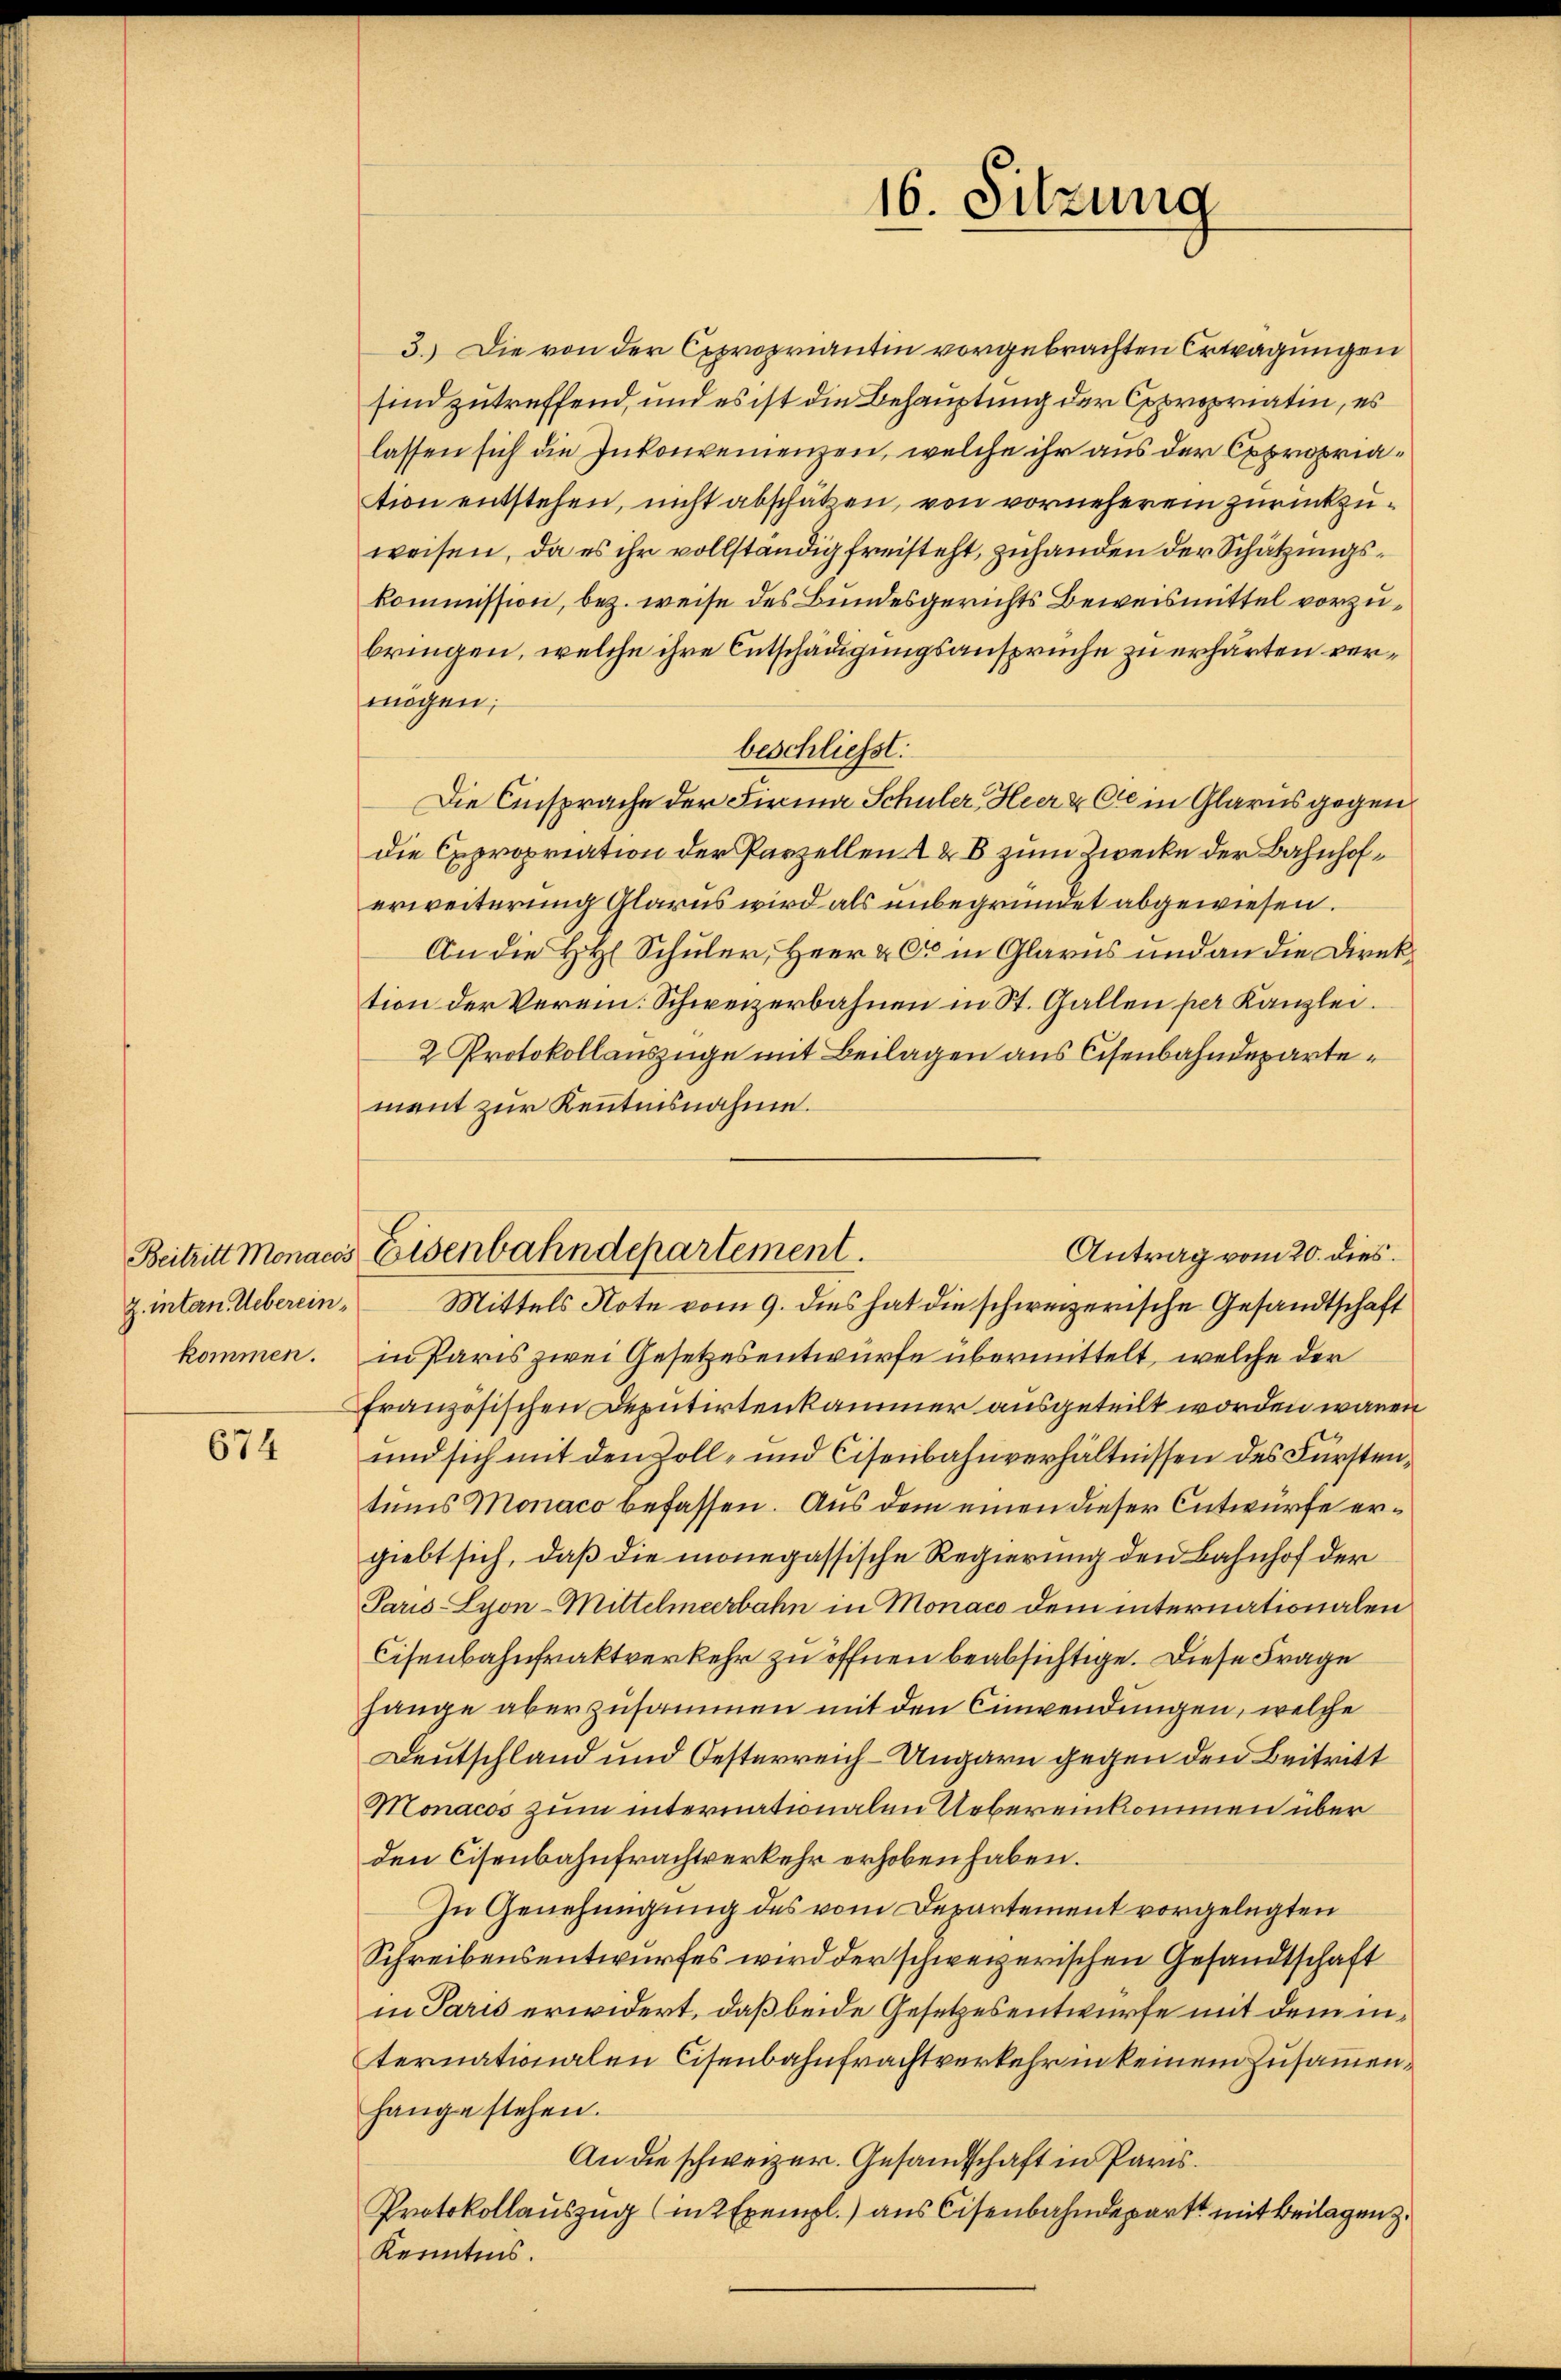
Beitritt Monacos
Z. intern. Uebereinkommen.

674

16. Sitzung

Eisenbahndepartement.
Antrag vom 20. dies
Mittels Note vom 9. dies hat die schweizerische Gesandtschaft

3.) Die von der Expropriantin vorgebrachten Erwägungen
sind zutreffend, und es ist die Behauptung der Copropriatin, es
lassen sich die Inkonvenienzen, welche ihr aus der Expropriation entstehen, nicht abschätzen, von vorneherein zurückzuweisen, da es ihr vollständig freisteht, zuhanden der Schätzungskommission, bez. weise des Bundesgerichts Beweismittel vorzubringen, welche ihre Entschädigungsansprüche zu erhärten vermögen;
beschliesst:
Die Einsprache der Firma Schüler Heer & Cie in Glarus gegen
Die Expropriation der Parzellen A & B zum Zwecke der Bahnhoferweiterung Glarus wird als unbegründet abgewiesen.
An die HH. Schuler, Herr & Cie in Glarus und an die Direktion der Verein. Schweizerbahnen in St. Gallen per Kanzlei.
2 Protokollauszüge mit Beilagen aus Cisenbahndepartement zur Kenntnisnahme.
in Paris zwei Gesetzesentwurfe übermittelt, welche der
französischen Deputirtenkammer ausgeteilt worden wären
und sich mit den Zoll- und Cisenbahnverhältnissen des Fürstentums Monaco befassen. Aus dem einen dieser Entwurfe ergiebt sich, daß die monegassische Regierung den Bahnhof der
Paris-Lyon-Mittelmeerbahn in Monaco dem internationalen
Cisenbahnfraktverkehr zu öffnen beabsichtige. Diese Frage
hänge aber zusammen mit den Einwendungen, welche
Deutschland und Oesterreich-Ungarn gegen den Beitritt
Monacos zum internationalen Uebereinkommen über
den Cisenbahnfrachtverkehr erhoben haben.
In Genehmigung des vom Departement vorgelegten
Schreibensentwurfes wird der schweizerischen Gesandtschaft
in Paris erwidert, daß beide Gesetzesentwurfe mit dem internationalen Eisenbahnfrachtverkehr in keinem Zusammenhange stehen.
An die schweizer. Gesandtschaft in Paris.
Protokollauszug (in 2 Exempl.) aus Cisenbahndepart mit Beilagen z.
Kenntnis.